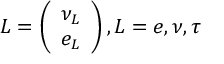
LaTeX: L = \left( \begin{array} { c } { { \nu _ { L } } } \\ { { e _ { L } } } \end{array} \right) , L = e , \nu , \tau